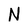
Character: N